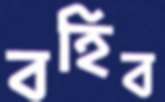
বহিব